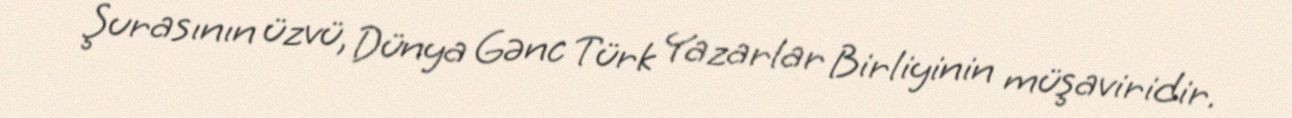
Şurasının üzvü, Dünya Gənc Türk Yazarlar Birliyinin müşaviridir.